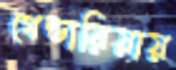
গেন্ডারিয়ায়